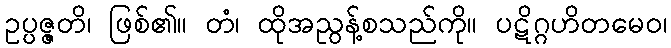
ဥပ္ပဇ္ဇတိ၊ ဖြစ်၏။ တံ၊ ထိုအညွန့်စသည်ကို။ ပဋိဂ္ဂဟိတမေဝ၊